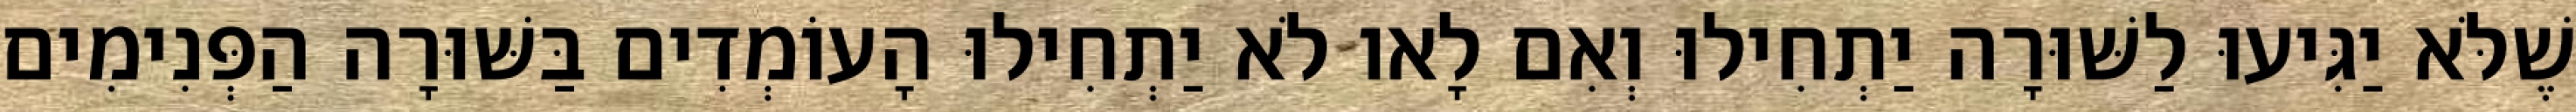
שֶׁלֹּא יַגִּיעוּ לַשּׁוּרָה יַתְחִילוּ וְאִם לָאו לֹא יַתְחִילוּ הָעוֹמְדִים בַּשּׁוּרָה הַפְּנִימִים